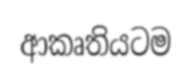
ආකෘතියටම